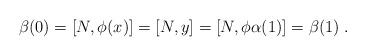
LaTeX: \begin{align*}\beta(0)=[N,\phi(x)]=[N,y]=[N,\phi\alpha(1)]=\beta(1)\;.\end{align*}